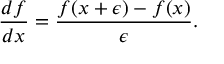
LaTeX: { \frac { d f } { d x } } = { \frac { f ( x + \epsilon ) - f ( x ) } { \epsilon } } .